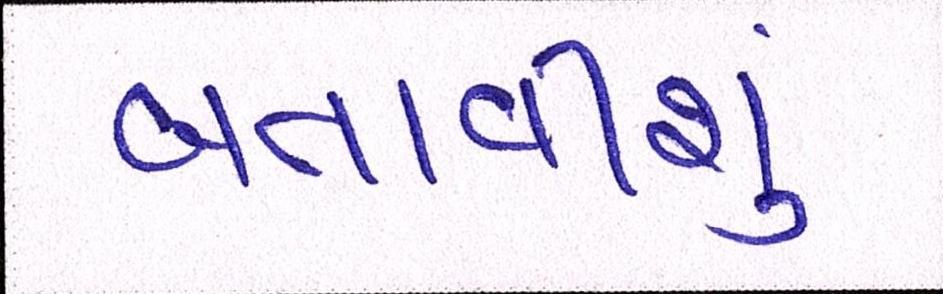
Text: બતાવીશુ